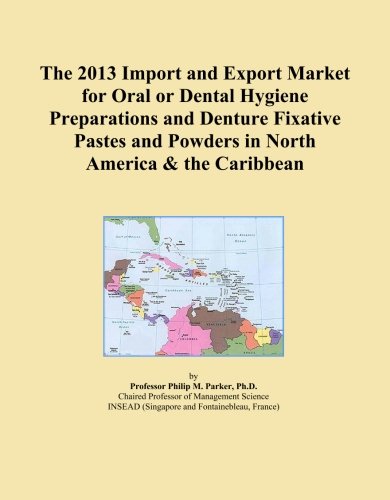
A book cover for The 2013 Import and Export Market for Oral or Dental Hygiene Preparations and Denture Fixative Pastes and Powders in North America & the Caribbean; Icon Group International; Medical Books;